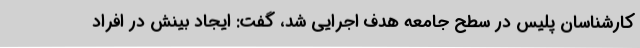
کارشناسان پلیس در سطح جامعه هدف اجرایی شد، گفت: ایجاد بینش در افراد